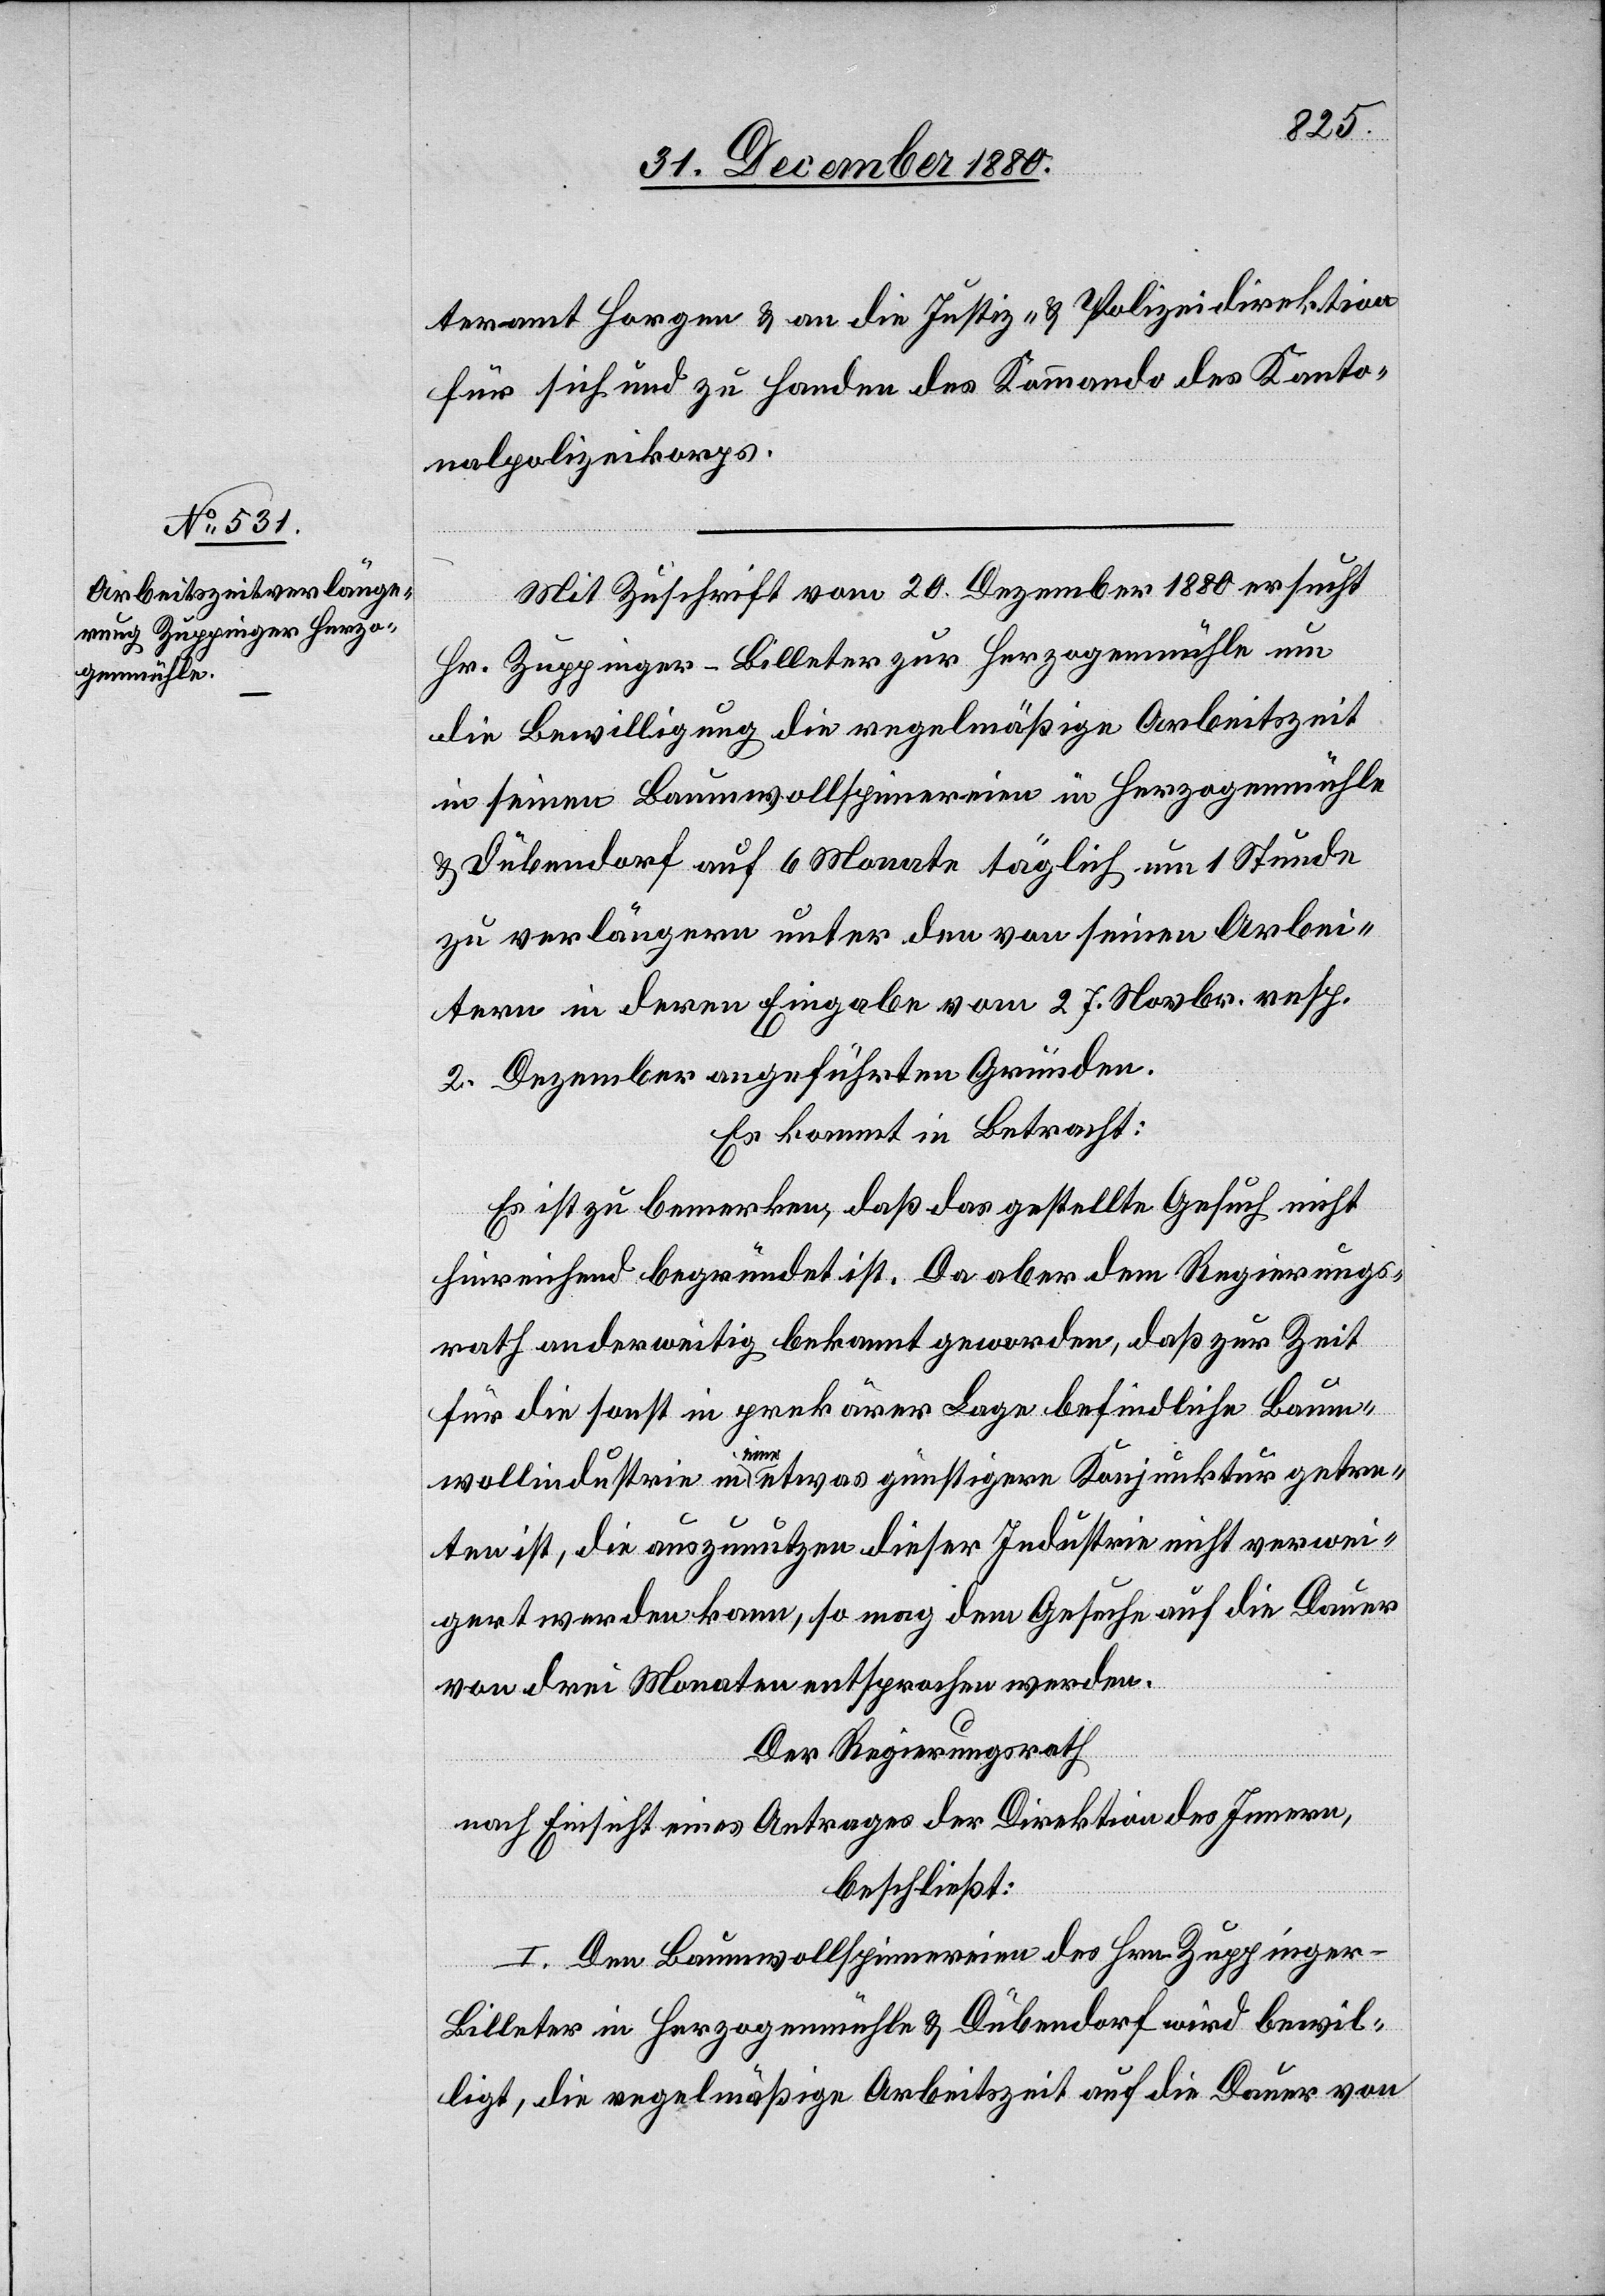
teramt Horgen & an die Justiz- & Polizeidirektion
für sich und zu Handen des Kommando des Kanto¬
nalpolizeikorps.
Mit Zuschrift vom 20. Dezember 1880 ersucht
Hr. Zuppinger-Billeter zur Herzogenmühle um
die Bewilligung die regelmäßige Arbeitszeit
in seinen Baumwollspinnereien in Herzogenmühle
& Dübendorf auf 6 Monate täglich um 1 Stunde
zu verlängern unter den von seinen Arbei¬
tern in deren Eingabe vom 27. Novbr. resp.
2. Dezember angeführten Gründen.
Es kommt in Betracht:
Es ist zu bemerken, daß das gestellte Gesuch nicht
hinreichend begründet ist. Da aber dem Regierungs¬
rath anderweitig bekannt geworden, daß zur Zeit
für die sonst in prekärer Lage befindliche Baum¬
wollindustrie in eine etwas günstigere Konjunktur getre¬
ten ist, die auszunutzen dieser Industrie nicht verwei¬
gert werden kann, so mag dem Gesuche auf die Dauer
von drei Monaten entsprochen werden.
Der Regierungsrath
nach Einsicht eines Antrages der Direktion des Innern,
beschließt:
I. Den Baumwollspinnereien des Hrn. Zuppinger-B¬
illeter in Herzogenmühle & Dübendorf wird bewil¬
ligt, die regelmäßige Arbeitszeit auf die Dauer von